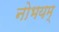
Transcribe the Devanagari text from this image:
नोभयम्